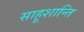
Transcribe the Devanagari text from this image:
साहूशान्ति